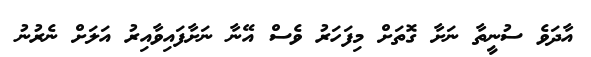
އާދަވެ ސުނީތާ ނަށާ ގޮތަށް މިފަހަރު ވެސް އޭނާ ނަށާފައިވާއިރު އަލަށް ނެރުނު